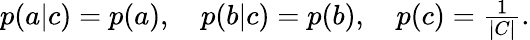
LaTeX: \begin{array}{r}{p(a|c)=p(a),\quad p(b|c)=p(b),\quad p(c)=\frac{1}{|C|}.}\end{array}